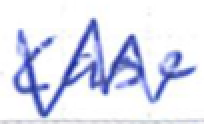
Text: case
Cross-out: zig-zag
Writing tool: ballpoint